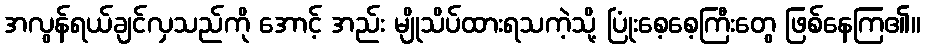
အလွန်ရယ်ချင်လှသည်ကို အောင့် အည်း မျိုသိပ်ထားရသကဲ့သို့ ပြုံးစေ့စေ့ကြီးတွေ ဖြစ်နေကြ၏။